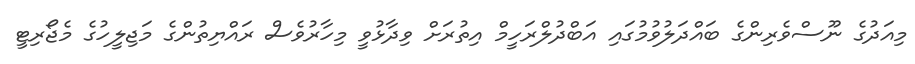
މިއަދުގެ ނޫސްވެރިންގެ ބައްދަލުވުމުގައި އަބްދުލްރަހީމް އިިތުރަށް ވިދާޅުވީ މިހާރުވެސް ރައްޔިތުންގެ މަޖިލީހުގެ މެޖޯރިޓީ